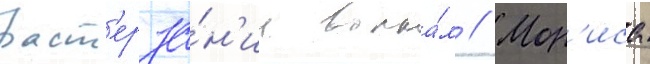
раст'ерза́н'ие волка́м // Мор'иса